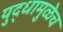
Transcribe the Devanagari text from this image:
युद्धामुळेच